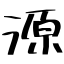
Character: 源